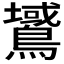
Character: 𪅫